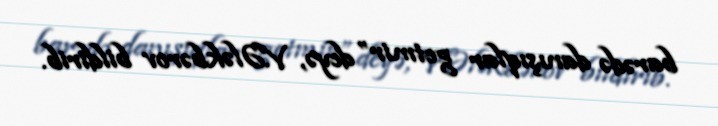
barədə danışıqlar getmir” deyə, V.Ələkbərov bildirib.